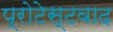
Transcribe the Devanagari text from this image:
प्रोटेस्टवाद